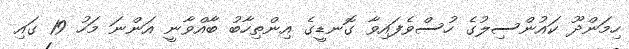
ހިމަންދޫ ކައުންސިލުގެ ހުސްވެފައިވާ ގޮނޑީގެ އިންތިހާބު ބާއްވާނީ އަންނަ މަހު 19 ގައި